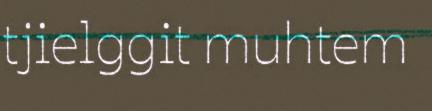
tjielggit muhtem